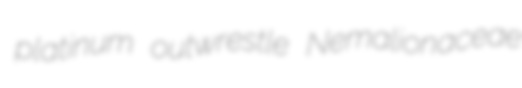
platinum outwrestle Nemalionaceae